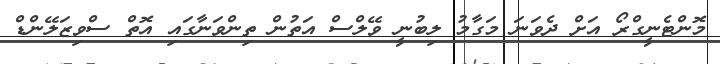
މޮންޓެނީގްރޯ އަށް ދެވަނަ މަގާމު ލިބުނީ ވޭލްސް އަތުން ތިންވަނާގައި އޮތް ސްވިޒަލޭންޑް